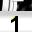
Digit: 1